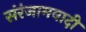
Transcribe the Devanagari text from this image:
संरंजामवादी